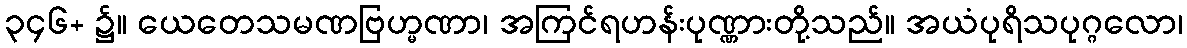
၃၄၆+ ၌။ ယေတေသမဏဗြဟ္မဏာ၊ အကြင်ရဟန်းပုဏ္ဏားတို့သည်။ အယံပုရိသပုဂ္ဂလော၊